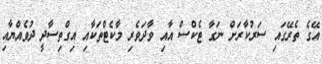
އޭގެ ތެރޭގައި ސަރުކާރަށް ނަގާ ޓެކްސް އާއި ވާދަވެރި މާކެޓްތަކާއި އިގްތިސާދީ ދުވެއްޔާއި